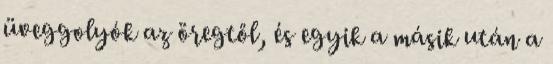
üveggolyók az öregtől, és egyik a másik után a